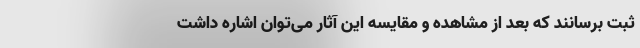
ثبت برسانند که بعد از مشاهده و مقایسه این آثار می‌توان اشاره داشت